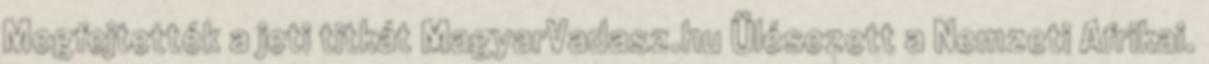
Megfejtették a jeti titkát MagyarVadasz.hu Ülésezett a Nemzeti Afrikai.